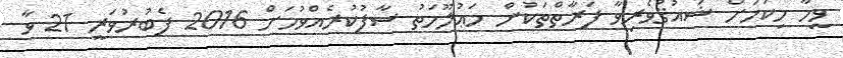
ވީމާ މިކަމަށް ޝައުޤުވެރިވާ ފަރާތްތަކުން މަޢުލޫމަތު ސާފުކުރެއްވުމަށް 2016 ފެބުރުވަރީ 21 ވާ